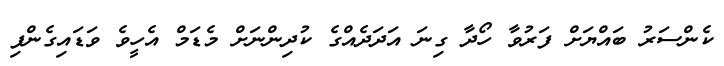
ކެންސަރު ބައްޔަށް ފަރުވާ ހޯދާ ގިނަ އަދަދެއްގެ ކުދިންނަށް މެޑަމް އެހީވެ ވަޑައިގެންފި